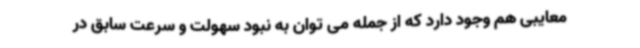
معایبی هم وجود دارد که از جمله می توان به نبود سهولت و سرعت سابق در